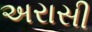
અરાસી